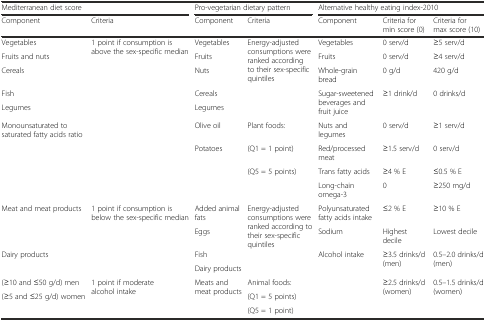
<table><thead><tr><td colspan="2"><b>Mediterranean diet score</b></td><td colspan="2"><b>Pro-vegetarian dietary pattern</b></td><td colspan="3"><b>Alternative healthy eating index-2010</b></td></tr><tr><td><b>Component</b></td><td><b>Criteria</b></td><td><b>Component</b></td><td><b>Criteria</b></td><td><b>Component</b></td><td><b>Criteria for min score (0)</b></td><td><b>Criteria for max score (10)</b></td></tr></thead><tbody><tr><td>Vegetables</td><td rowspan="9">1 point if consumption is above the sex-specific median</td><td>Vegetables</td><td rowspan="5">Energy-adjusted consumptions were ranked according to their sex-specific quintiles</td><td>Vegetables</td><td>0 serv/d</td><td>≥5 serv/d</td></tr><tr><td>Fruits and nuts</td><td>Fruits</td><td>Fruits</td><td>0 serv/d</td><td>≥4 serv/d</td></tr><tr><td>Cereals</td><td>Nuts</td><td>Whole-grain bread</td><td>0 g/d</td><td>420 g/d</td></tr><tr><td>Fish</td><td>Cereals</td><td rowspan="2">Sugar-sweetened beverages and fruit juice</td><td>≥1 drink/d</td><td>0 drinks/d</td></tr><tr><td>Legumes</td><td>Legumes</td><td></td><td></td></tr><tr><td rowspan="4">Monounsaturated to saturated fatty acids ratio</td><td>Olive oil</td><td>Plant foods:</td><td>Nuts and legumes</td><td>0 serv/d</td><td>≥1 serv/d</td></tr><tr><td rowspan="3">Potatoes</td><td>(Q1 = 1 point)</td><td>Red/processed meat</td><td>≥1.5 serv/d</td><td>0 serv/d</td></tr><tr><td rowspan="2">(Q5 = 5 points)</td><td>Trans fatty acids</td><td>≥4 % E</td><td>≤0.5 % E</td></tr><tr><td>Long-chain omega-3</td><td>0</td><td>≥250 mg/d</td></tr><tr><td rowspan="2">Meat and meat products</td><td rowspan="4">1 point if consumption is below the sex-specific median</td><td>Added animal fats</td><td rowspan="4">Energy-adjusted consumptions were ranked according to their sex-specific quintiles</td><td>Polyunsaturated fatty acids intake</td><td>≤2 % E</td><td>≥10 % E</td></tr><tr><td>Eggs</td><td>Sodium</td><td>Highest decile</td><td>Lowest decile</td></tr><tr><td rowspan="2">Dairy products</td><td>Fish</td><td rowspan="5">Alcohol intake</td><td rowspan="2">≥3.5 drinks/d (men)</td><td rowspan="2">0.5–2.0 drinks/d (men)</td></tr><tr><td>Dairy products</td></tr><tr><td>(≥10 and ≤50 g/d) men</td><td rowspan="3">1 point if moderate alcohol intake</td><td rowspan="3">Meats and meat products</td><td>Animal foods:</td><td rowspan="3">≥2.5 drinks/d (women)</td><td rowspan="3">0.5–1.5 drinks/d (women)</td></tr><tr><td rowspan="2">(≥5 and ≤25 g/d) women</td><td>(Q1 = 5 points)</td></tr><tr><td>(Q5 = 1 point)</td></tr></tbody></table>